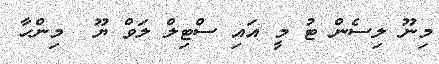
މިނޫ ލިސެން ޓު މީ އައި ސްޓިލް ލަވް ޔޫ  މިންހާ